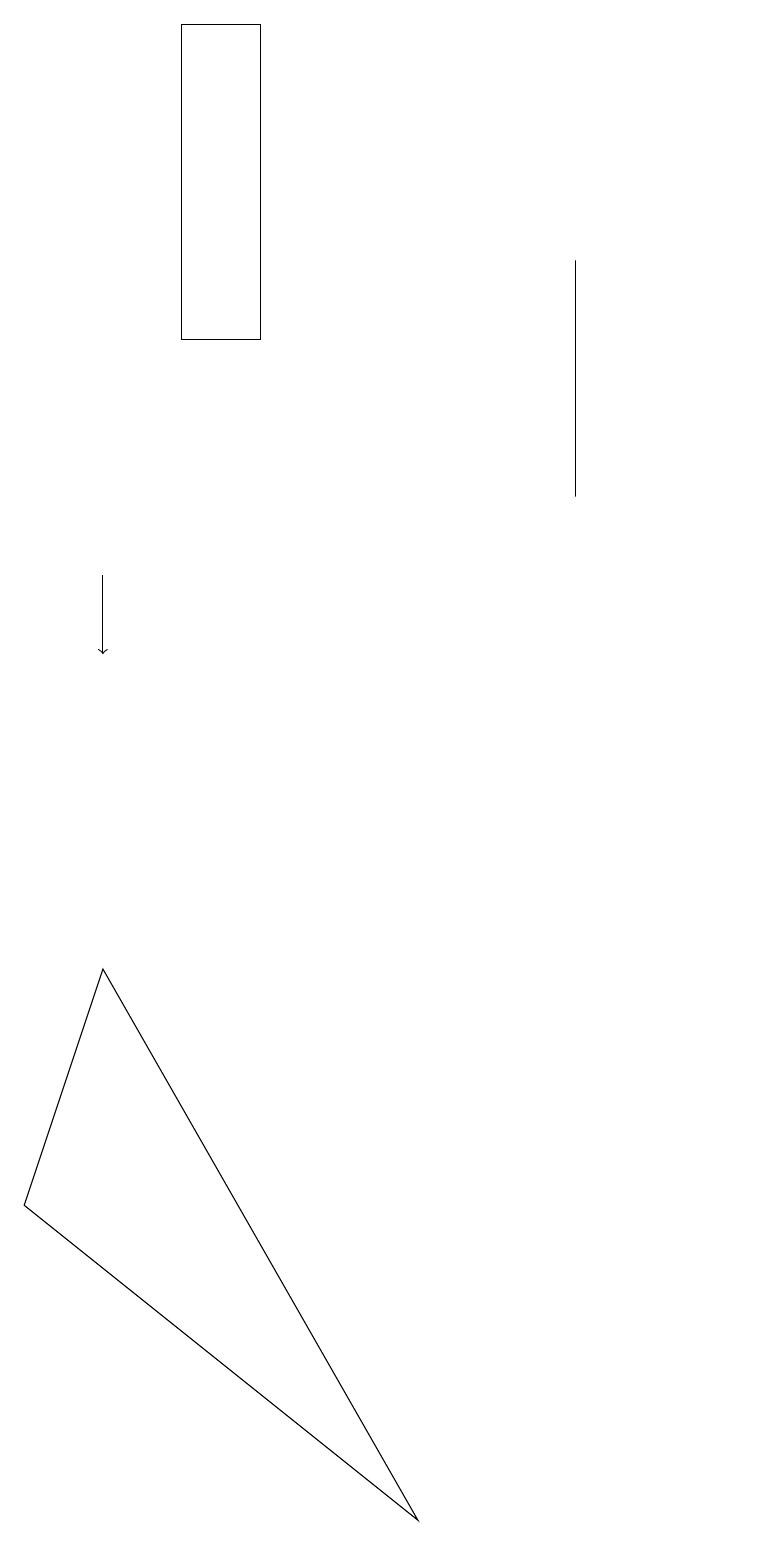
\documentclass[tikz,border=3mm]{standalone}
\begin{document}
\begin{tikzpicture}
\draw (8,16) rectangle (8,13);
\draw (1,4) -- (6,0) -- (2,7) -- cycle;
\draw (3,19) rectangle (4,15);
\draw[->] (2,12) -- (2,11);
\draw (10,12) circle (0);
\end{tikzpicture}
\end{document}